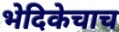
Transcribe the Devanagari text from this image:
भेदिकेचाच